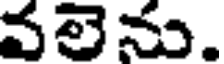
వలెను.